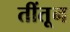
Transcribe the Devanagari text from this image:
तींतून